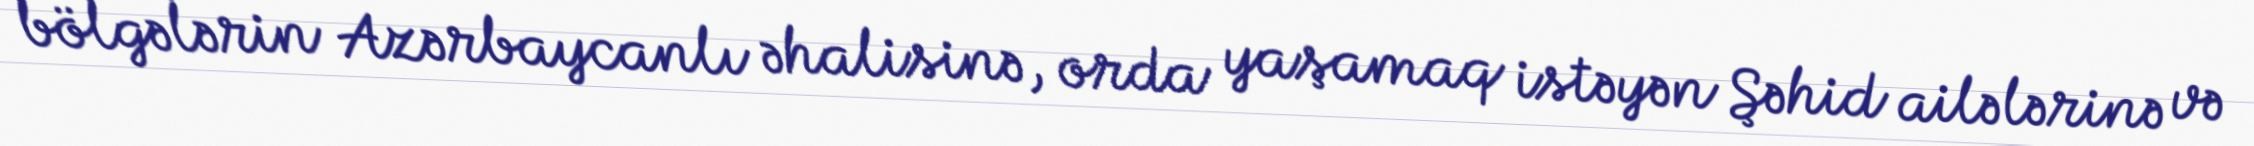
bölgələrin Azərbaycanlı əhalisinə, orda yaşamaq istəyən Şəhid ailələrinə və